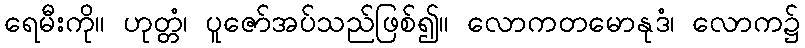
ရေမီးကို။ ဟုတ္တံ၊ ပူဇော်အပ်သည်ဖြစ်၍။ လောကတမောနုဒံ၊ လောက၌